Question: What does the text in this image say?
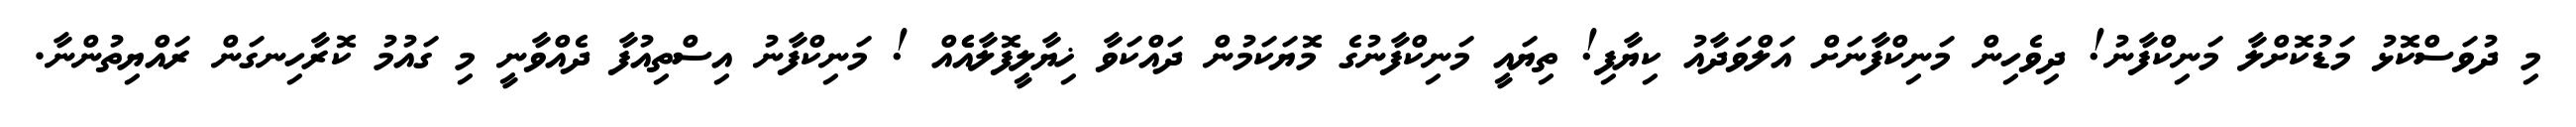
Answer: މި ދުވަސްކޮޅު މަޑުކޮށްލާ މަނިކްފާނު! ދިވެހިން މަނިކްފާނަށް އަލްވަދާއު ކިޔާފި! ތިޔައީ މަނިކްފާނުގެ މޮޔަކަމުން ދައްކަވާ ޚިޔާލީފޮލާއެެއް ! މަނިކްފާނު އިސްތިއުފާ ދެއްވާނީ މި ގައުމު ކޮރާހިނގަން ރައްޔިތުންނާ.